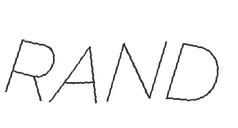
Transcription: RAND